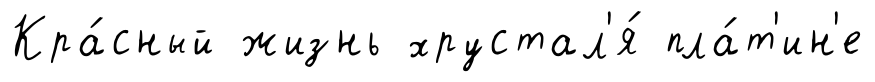
Кра́сный жизнь хрустал'я́ пла́т'ин'е